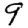
Digit: 9